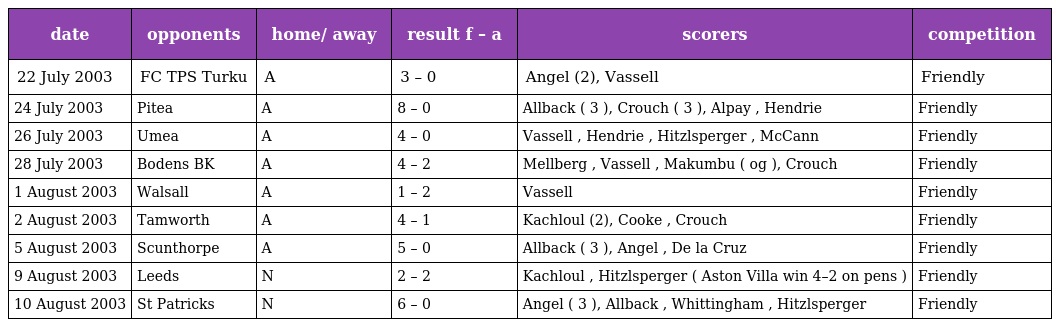
| date | opponents | home/ away | result f – a | scorers | competition |
 | --- | --- | --- | --- | --- | --- |
 | 22 July 2003 | FC TPS Turku | A | 3 – 0 | Angel (2), Vassell | Friendly |
 | 24 July 2003 | Pitea | A | 8 – 0 | Allback ( 3 ), Crouch ( 3 ), Alpay , Hendrie | Friendly |
 | 26 July 2003 | Umea | A | 4 – 0 | Vassell , Hendrie , Hitzlsperger , McCann | Friendly |
 | 28 July 2003 | Bodens BK | A | 4 – 2 | Mellberg , Vassell , Makumbu ( og ), Crouch | Friendly |
 | 1 August 2003 | Walsall | A | 1 – 2 | Vassell | Friendly |
 | 2 August 2003 | Tamworth | A | 4 – 1 | Kachloul (2), Cooke , Crouch | Friendly |
 | 5 August 2003 | Scunthorpe | A | 5 – 0 | Allback ( 3 ), Angel , De la Cruz | Friendly |
 | 9 August 2003 | Leeds | N | 2 – 2 | Kachloul , Hitzlsperger ( Aston Villa win 4–2 on pens ) | Friendly |
 | 10 August 2003 | St Patricks | N | 6 – 0 | Angel ( 3 ), Allback , Whittingham , Hitzlsperger | Friendly |